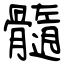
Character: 髓